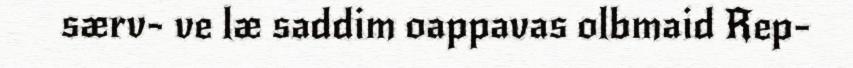
særv- ve læ saddim oappavas olbmaid Rep-